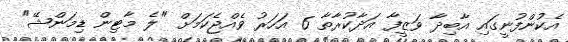
އެކުންފުނީގައި އާބިދާ ވަޒީފާ އަދާކުރާތާ 6 އަހަރު ވެއްޖެކަމަށް "ލެ މާޓިން ޑިމަންޝޭ"